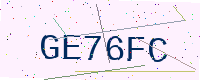
Text: GE76FC